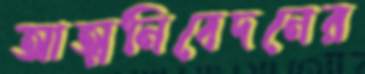
আত্মনিবেদনের